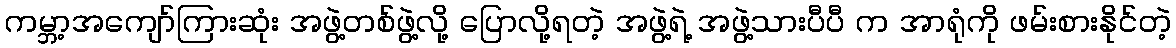
ကမ္ဘာ့အကျော်ကြားဆုံး အဖွဲ့တစ်ဖွဲ့လို့ ပြောလို့ရတဲ့ အဖွဲ့ရဲ့ အဖွဲ့သားပီပီ က အာရုံကို ဖမ်းစားနိုင်တဲ့